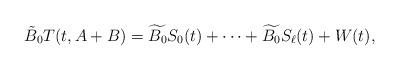
LaTeX: \begin{align*} \tilde{B}_0T(t,A+B)=\widetilde{B_0}S_0(t)+\cdots +\widetilde{B_0}S_{\ell}(t)+W(t),\end{align*}